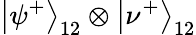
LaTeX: \left|\psi^{+}\right\rangle_{12}\otimes\left|\nu^{+}\right\rangle_{12}